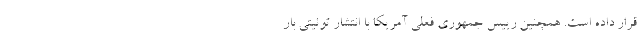
قرار داده است. همچنین رییس جمهوری فعلی آمریکا با انتشار توئیتی بار